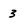
Character: 3